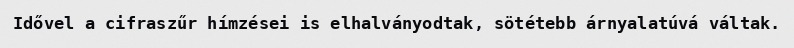
Idővel a cifraszűr hímzései is elhalványodtak, sötétebb árnyalatúvá váltak.